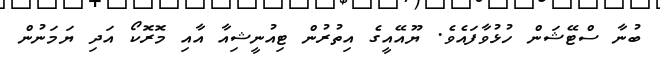
ބުނާ ސްޓޭޝަން ހުޅުވާފައެވެ. ޔޫއޭއީގެ އިތުރުން ޓިއުނީޝިއާ އާއި މޮރޮކޯ އަދި ޔަމަނުން